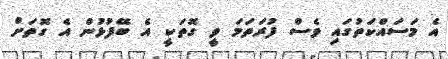
އެ މަސައްކަތުގައި ވެސް ފުރަތަމަ ވީ ގޮތަކީ އެ ބޭފުޅުން އެ ގޮތަށް